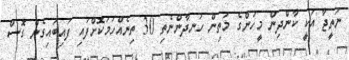
ނަތީޖާ އަކީ ކާންދިން މީހުންގެ މަތިން ހަނދާންނެތި 30 ތިނެއްހަމަކޮށްފައި ފައިބައިގެން ގޮސް